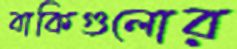
বাকিগুলোর